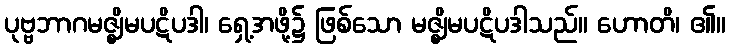
ပုဗ္ဗဘာဂမဇ္ဈိမပဋိပဒါ၊ ရှေ့အဖို့၌ ဖြစ်သော မဇ္ဈိမပဋိပဒါသည်။ ဟောတိ၊ ၏။